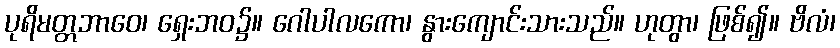
ပုရိမတ္တဘာဝေ၊ ရှေးဘဝ၌။ ဂေါပါလကော၊ နွားကျောင်းသားသည်။ ဟုတွာ၊ ဖြစ်၍။ ဗိလံ၊